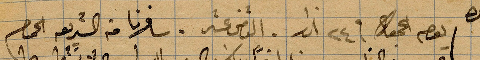
يوم الجمعة في ٢٤ اذار. الثامن شر. شافرنا من ال...الحمام